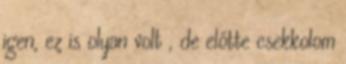
igen, ez is olyan volt , de előtte csekkolom